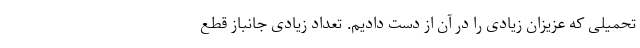
تحمیلی که عزیزان زیادی را در آن از دست دادیم. تعداد زیادی جانباز قطع